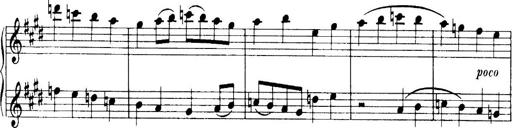
Title: 3 Sonatinas, Op.67
Composer: Jean Sibelius